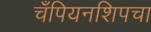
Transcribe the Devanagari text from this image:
चँपियनशिपचा